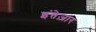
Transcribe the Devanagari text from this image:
इंतेज़ार